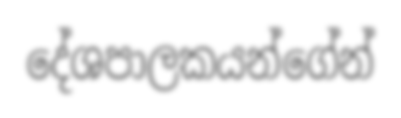
දේශපාලකයන්ගේන්